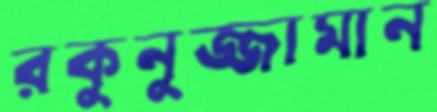
রকুনুজ্জামান